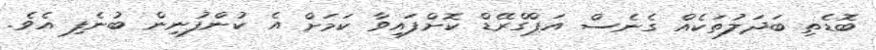
ބޮޑެތި ބަދަލުތަކެއް ގެނެސް އަޕްގްރޭޑް ކޮށްފައިވާ ކަމަށް އެ ކުންފުނިން ބުނެފި އެވެ.